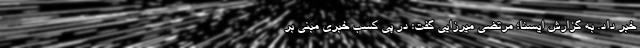
خبر داد. به گزارش ایسنا؛ مرتضی میرزایی گفت: در پی کسب خبری مبنی بر